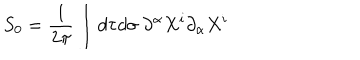
S _ { 0 } = { \frac { 1 } { 2 \pi } } \int d \tau d \sigma ~ \partial ^ { \alpha } X ^ { i } \partial _ { \alpha } X ^ { i }